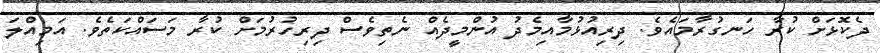
ދެކޮޅަށް ކުރާ ހަނގުރާމައެވެ. ދިރިއުޅުމާއިމެދު އުންމީދެއް ނެތިވެސް ދިރިހުރުމަށް ކުރާ މަސައްކަތެވެ. އަމިއްލަ